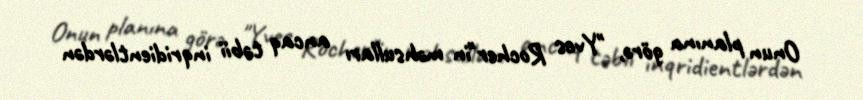
Onun planına görə, "Yves Rocher"in məhsulları ancaq təbii inqridientlərdən